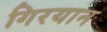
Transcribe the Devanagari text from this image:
गिरयान